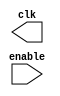
module clock(enable, clk);
	input enable;
	output clk;

	reg clk;

	initial begin
		clk=1;
	end

	always begin
		#5 clk = !clk;
	end
endmodule